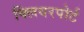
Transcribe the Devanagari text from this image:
क्लियरपोर्ट